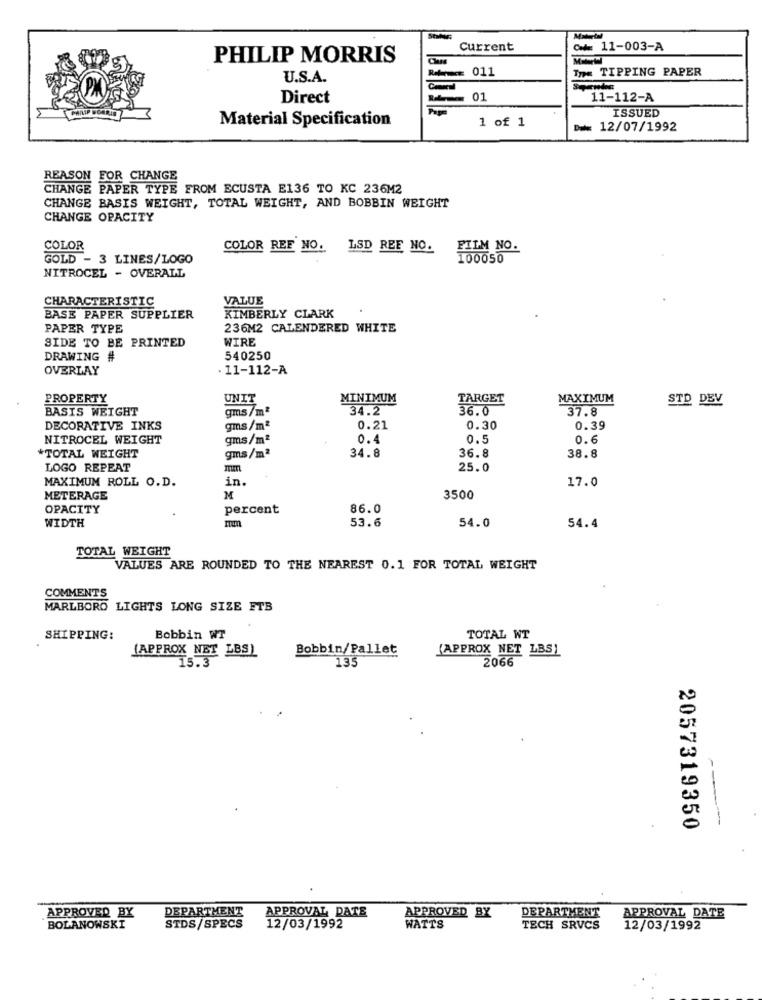
Current
C= 11-003-A
PHILIP MORRIS
011
Tym TIPPING PAPER
U.S.A.
Direct
01
11-112-A
Material Specification
1 of 1
ISSUED
D == 12/07/1992
REASON FOR CHANGE
CHANGE PAPER TYPE FROM ECUSTA E136 TO KC 236M2
CHANGE BASIS WEIGHT, TOTAL WEIGHT, AND BOBBIN WEIGHT
CHANGE OPACITY
COLOR
COLOR REF NO. LSD REE NO.
FILM NO.
GOLD - 3 LINES/LOGO
100050
NITROCEL - OVERALL
CHARACTERISTIC
VALUE
BASE PAPER SUPPLIER
KIMBERLY CLARK
PAPER TYPE
236M2 CALENDERED WHITE
SIDE TO BE PRINTED
WIRE
DRAWING #
540250
OVERLAY
11-112-A
PROPERTY
UNIT
MINIMUM
TARGET
MAXIMUM
STD DEV
BASIS WEIGHT
gms/mª
34.2
36.0
37.8
DECORATIVE INKS
gms/mª
0.21
0.30
0.39
NITROCEL WEIGHT
gms/m2
0.4
0.5
0.€
*TOTAL WEIGHT
34.8
36.8
38.8
gms/m2
LOGO REPEAT
25.0
in.
17.0
MAXIMUM ROLL O.D.
METERAGE
M
3500
OPACITY
percent
86.0
54.0
WIDTH
53.6
54.4
TOTAL WEIGHT
VALUES ARE ROUNDED TO THE NEAREST 0.1 FOR TOTAL WEIGHT
COMMENTS
MARLBORO LIGHTS LONG SIZE ETB
SHIPPING:
Bobbin WT
TOTAL WT
(APPROX NET LBS)
Bobbin/Pallet
(APPROX NET LBS)
15.3
135
2066
-
-
2057319350
DEPARTMENT
APPROVED BY
APPROVAL DATE
APPROVED BY
DEPARTMENT
APPROVAL DATE
BOLANOWSKI
STDS/SPECS
12/03/1992
WATTS
TECH SRVCS
12/03/1992